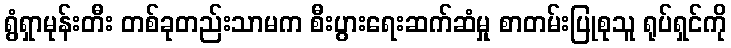
ရွံရှာမုန်းတီး တစ်ခုတည်းသာမက စီးပွားရေးဆက်ဆံမှု စာတမ်းပြုစုသူ ရုပ်ရှင်ကို